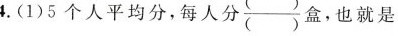
4.(1)5个人平均分，每人\frac{}{} 盒。也就是